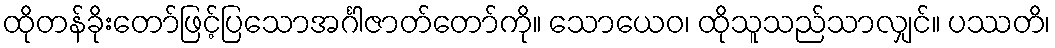
ထိုတန်ခိုးတော်ဖြင့်ပြသောအင်္ဂါဇာတ်တော်ကို။ သောယေဝ၊ ထိုသူသည်သာလျှင်။ ပဿတိ၊